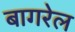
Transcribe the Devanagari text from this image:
बागरेल